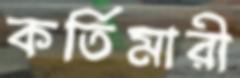
কর্তিমারী